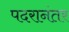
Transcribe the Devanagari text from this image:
पदरानंतर